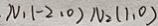
N _ { 1 } ( - 2 , 0 ) N _ { 2 } ( 1 , 0 )